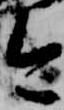
今